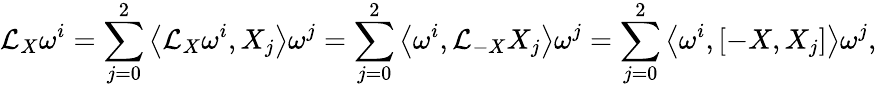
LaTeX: \mathcal{L}_{X}\omega^{i}=\sum_{j=0}^{2}\left\langle\mathcal{L}_{X}\omega^{i},X_{j}\right\rangle\omega^{j}=\sum_{j=0}^{2}\left\langle\omega^{i},\mathcal{L}_{-X}X_{j}\right\rangle\omega^{j}=\sum_{j=0}^{2}\left\langle\omega^{i},\left[-X,X_{j}\right]\right\rangle\omega^{j},